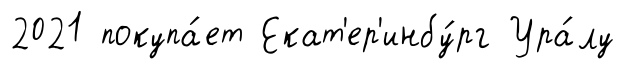
2021 покупа́ет Екат'ер'инбу́рг Ура́лу